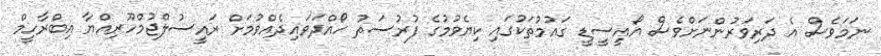
ނަމަވެސް އެ ދަރިވަރުންނަށްވެސް އޯއީސީޑީ ގައުމުތަކުގައި ކިޔެވުމުގެ ފުރުސަތު ހޯއްދަވައިދެއްވުމަށް ރައީސުލްޖުމްހޫރިއްޔާ އިބްރާހީމް